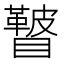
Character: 𥌕